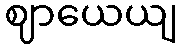
ဈာယေယျ